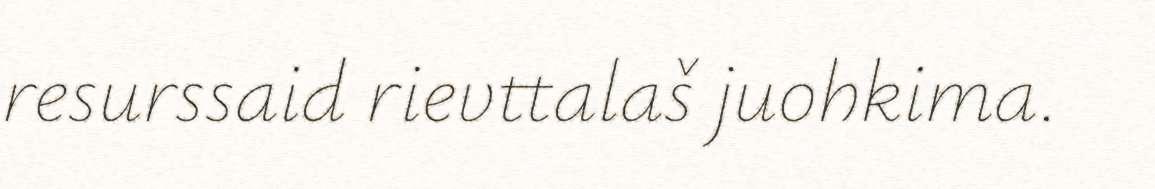
resurssaid rievttalaš juohkima.